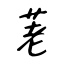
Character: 荖